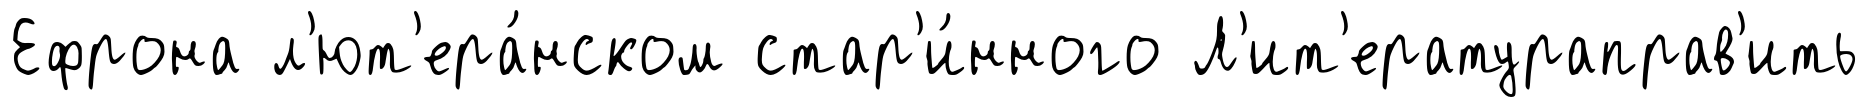
Ефрона л'ют'ера́нском стар'и́нного Л'ит'ератураправ'ить